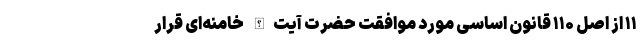
۱۱ از اصل ۱۱۰ قانون اساسی مورد موافقت حضرت آیت‌الله خامنه‌ای قرار